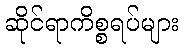
ဆိုင်ရာကိစ္စရပ်များ